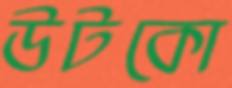
উটকো